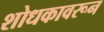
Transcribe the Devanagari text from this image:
शोधकावरून